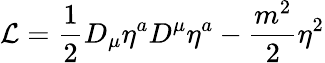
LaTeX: {\cal L}=\frac{1}{2}D_{\mu}\eta^{a}D^{\mu}\eta^{a}-\frac{m^{2}}{2}\eta^{2}